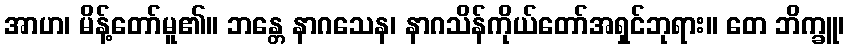
အာဟ၊ မိန့်တော်မူ၏။ ဘန္တေ နာဂသေန၊ နာဂသိန်ကိုယ်တော်အရှင်ဘုရား။ တေ ဘိက္ခူ၊